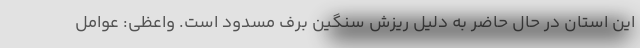
این استان در حال حاضر به دلیل ریزش سنگین برف مسدود است. واعظی: عوامل